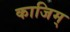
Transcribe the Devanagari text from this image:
काजिम्